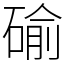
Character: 䃋